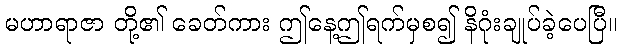
မဟာရာဇာ တို့၏ ခေတ်ကား ဤနေ့ဤရက်မှစ၍ နိဂုံးချုပ်ခဲ့ပေပြီ။